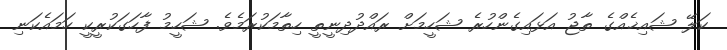
ކަލޭ ޝައިޚެއްގެ ތާޖު އަޅައިގެންހުރެ ޝަހީމަށް ރައްދުދިނީތީ ހިތާމަކުރަމެވެ. ޝަހީމު ފާހަގަކުރީކީ ހަމައެކަނި